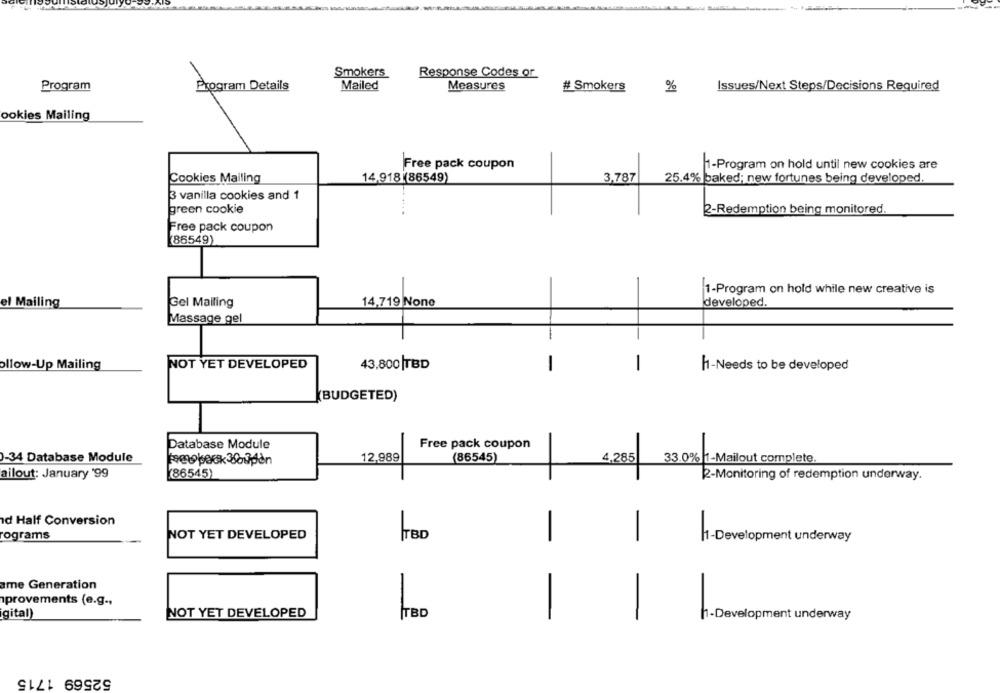
Smokers
Response Codes or
Program
Program Details
Mailed
Measures
# Smokers
%
Issues/Next Steps/Decisions Required
ookies Mailing
Free pack coupon
1-Program on hold until new cookies are
Cookies Mailing
14,918 ((86549)
3,787
25.4% baked; new fortunes being developed.
3 vanilla cookies and 1
green cookie
2-Redemption being monitored.
Free pack coupon
86549)
1-Program on hold while new creative is
el Mailing
Gel Mailing
14,719 None
developed.
Massage gel
ollow-Up Mailing
NOT YET DEVELOPED
43,800 TBD
h1-Needs to be developed
(BUDGETED)
Database Module
Free pack coupon
)-34 Database Module
12,989
(86545)
4.285
33.0% 1-Mailout complete.
ailout: January '99
(86545)
2-Monitoring of redemption underway.
-
d Half Conversion
ograms
NOT YET DEVELOPED
TBD
-
1-Development underway
ame Generation
provements (e.g .,
igital)
NOT YET DEVELOPED
TBD
-
-
h-Development underway
52569 1715